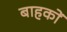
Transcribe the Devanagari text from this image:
बाहकों